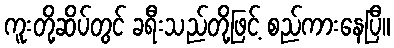
ကူးတို့ဆိပ်တွင် ခရီးသည်တို့ဖြင့် စည်ကားနေပြီ။